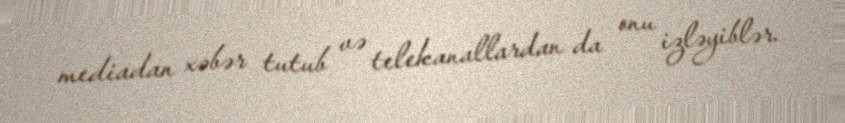
mediadan xəbər tutub və telekanallardan da onu izləyiblər.